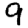
Digit: 9